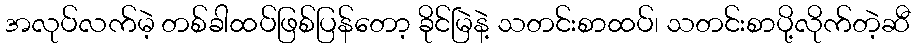
အလုပ်လက်မဲ့ တစ်ခါထပ်ဖြစ်ပြန်တော့ ခိုင်မြဲနဲ့ သတင်းစာထပ်၊ သတင်းစာပို့လိုက်တဲ့ဆီ